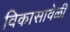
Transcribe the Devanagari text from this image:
विकासावेळी